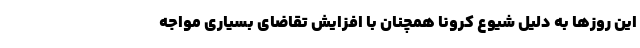
این روزها به دلیل شیوع کرونا همچنان با افزایش تقاضای بسیاری مواجه